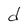
Character: d